Medical and sanitary report of the native army of Bengal for the year
Year: 1877
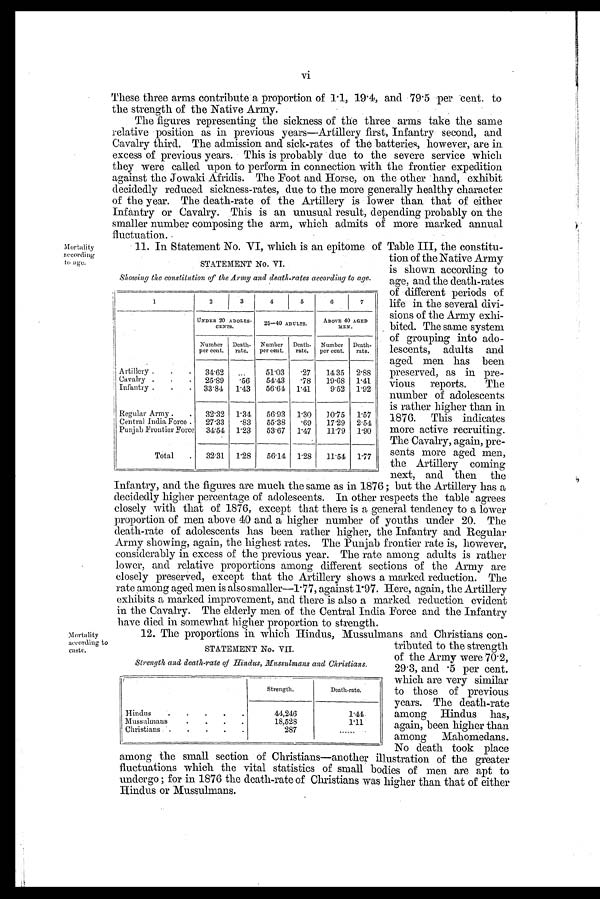
vi
These three arms contribute a proportion of 1.1, 19.4, and 79.5 per-cent. to
the strength of the Native Army.
The figures representing the sickness of the three arms take the same
relative position as in previous years—Artillery first, Infantry second, and
Cavalry third. The admission and sick-rates of the batteries, however, are in
excess of previous years. This is probably due to the severe service which
they were called upon to perform in connection with the frontier expedition
against the Jowaki Africlis. The Foot and Horse, on the other hand, exhibit
decidedly reduced sickness-rates, due to the more generally healthy character
of the year. The death-rate of the Artillery is lower than that of either
Infantry or Cavalry. This is an unusual result, depending probably on the
smaller number composing the arm, which admits of more marked annual
fluctuation.
11. In Statement No. VI, which is an epitome of Table III, the constitu-
tion of the Native Army
is shown according to
age, and the death-rates
of different periods of
life in the several divi-
sions of the Army exhi-
bited. The same system
of grouping into ado-
lescents, adults and
aged men has been
preserved, as in pre-
vious reports. The
number of adolescents
is rather higher than in
1876. This indicates
more active recruiting.
The Cavalry, again, pre-
sents more aged men,
the Artillery coming
next, and then the
Infantry, and the figures are much the same as in 1876 ; but the Artillery has a
decidedly higher percentage of adolescents. In other respects the table agrees
closely with that of 1876, except that there is a general tendency to a lower
proportion of men above 40 and a higher number of youths under 20. The
death-rate of adolescents has been rather higher, the Infantry and Regular
Army showing, again, the highest rates. The Punjab frontier rate is, however,
considerably in excess of the previous year. The rate among adults is rather
lower, and relative proportions among different sections of the Army are
closely preserved, except that the Artillery shows a marked reduction. The
rate among aged men is also smaller—1 . 77, against 1-97. Here, again, the Artillery
exhibits a marked improvement, and there is also a marked reduction evident
in. the Cavalry. The elderly men of the Central India Force and the Infantry
have died in somewhat higher proportion to strength.
Mortality
12. The proportions in -which Hindus, Mussulmans and Christians con-
according to
caste.
among the small section of Christians—another illustration of the greater
fluctuations which the vital statistics of small bodies of men are apt to
undergo ; for in 1876 the death-rate of Christians was higher than that of either
Hindus or Mussulmans.
M o r t a l i t y
according
to age.
STATEMENT No. VI.
Showing the constitution of the Army and death-rates according to age.
1
2
3
4
5
6
7
UNDER 20 ADOLES-
C E N T S .
25—40 ADULTS.
ABOVE 40 AGED
M E N .
Number
per cent.
Death-
rate,
Number
per cent.
Death-
rate.
Number
per cent.
Death-
rate.
Artillery
34.62
...
51.03
.27
14.35 2.88
Cavalry
25.89
.56
54.43
.78
19.68 1.41
Infantry
33.84
1.43
5 6 . 6 4 1.41
9.52
1 . 9 2
Regular Army
32.32
1 . 3 4
56.93 1.30
10.75 1.57
Central India Force .
27.33
.83
55.38
.69
17.29
2.54
Punjab Frontier Force
3 4 . 5 4 1.23
53.67 1.47
11.79 1.90
Total.
32.31 1.28
56.14 1.28
11.54 1.77
STATEMENT No. VII.
Strength and death-rate of Hindus, Mussulmans and Christians.
Strength.
Death-rate.
Hindus
44,246
1 . 4 4
M u s s u l m a n s
18,52S
1.11
Christians
287
......
tributed to the strength
of the Army were 70.2,
29 . 3, and • 5 per cent.
which are very similar
to those of previous
years. The death-rate
among Hindus has,
again, been higher than
among Mahomedans.
No death took place